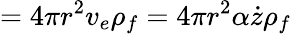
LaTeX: =4\pi r^{2}v_{e}\rho_{f}=4\pi r^{2}\alpha\dot{z}\rho_{f}